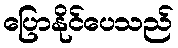
ပြောနိုင်ပေသည်